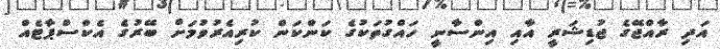
އަދި ރާއްޖޭގެ ޖުޑިޝަރީ އާއި އިންސާނީ ހައްގުތަކުގެ ކަންކަން ކުރިއެރުވުމަށް ބޭރުގެ އެކްސްޕާޓެއް